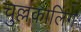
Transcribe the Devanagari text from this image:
चुल्लकालिंग